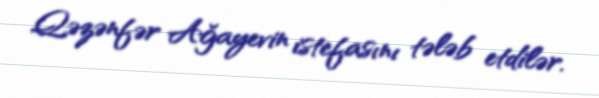
Qəzənfər Ağayevin istefasını tələb etdilər.